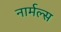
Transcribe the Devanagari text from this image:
नार्मल्स